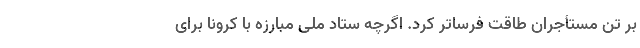
بر تن مستأجران طاقت فرساتر کرد. اگرچه ستاد ملی مبارزه با کرونا برای